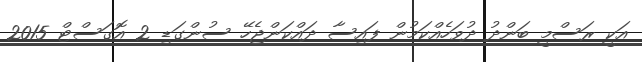
އަކީ ރަސްމީ ބަންދު ދުވަހެއްކަމުން ފައިސާ ދައްކަންޖެހޭ ސުންގަޑި 2 އޮގަސްޓް 2015